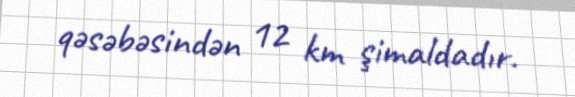
qəsəbəsindən 12 km şimaldadır.